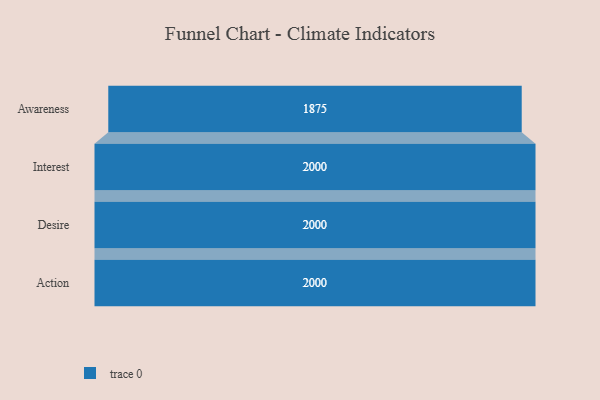
{"axis": {"x": "Stage", "y": "Value"}, "legend": [""], "data": [{"x": "Awareness", "y": 1875.0, "type": ""}, {"x": "Interest", "y": 2000, "type": ""}, {"x": "Desire", "y": 2000, "type": ""}, {"x": "Action", "y": 2000, "type": ""}]}